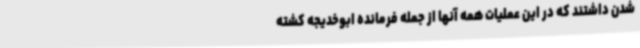
شدن داشتند که در این عملیات همه آنها از جمله فرمانده ابوخدیجه کشته